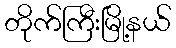
တိုက်ကြီးမြို့နယ်